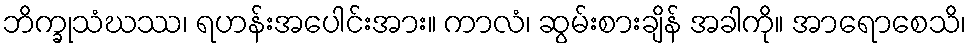
ဘိက္ခုသံဃဿ၊ ရဟန်းအပေါင်းအား။ ကာလံ၊ ဆွမ်းစားချိန် အခါကို။ အာရောစေသိ၊